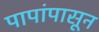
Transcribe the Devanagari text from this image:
पापांपासून